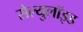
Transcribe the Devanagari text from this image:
सेल्युलॉइड